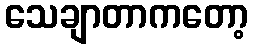
သေချာတာကတော့